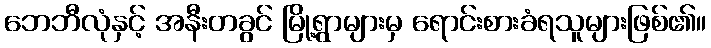
ဘေဘီလုံနှင့် အနီးတခွင် မြို့ရွာများမှ ရောင်းစားခံရသူများဖြစ်၏။